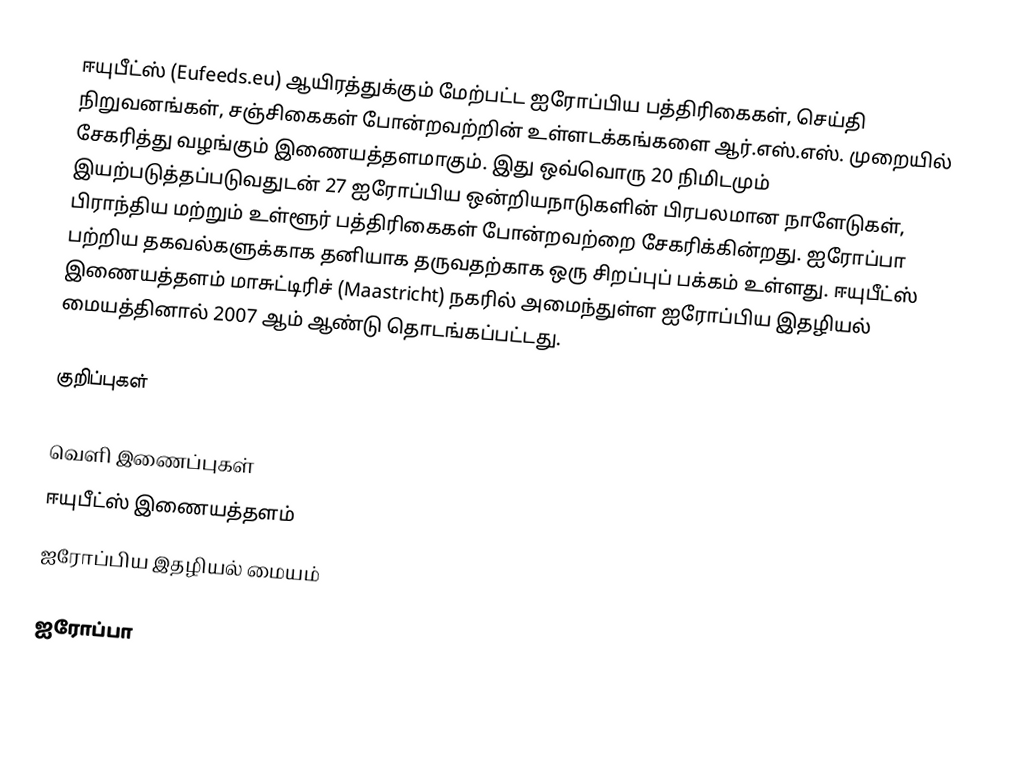
ஈயுபீட்ஸ் (Eufeeds.eu) ஆயிரத்துக்கும் மேற்பட்ட ஐரோப்பிய பத்திரிகைகள், செய்தி நிறுவனங்கள், சஞ்சிகைகள் போன்றவற்றின் உள்ளடக்கங்களை ஆர்.எஸ்.எஸ். முறையில் சேகரித்து வழங்கும் இணையத்தளமாகும். இது ஒவ்வொரு 20 நிமிடமும் இயற்படுத்தப்படுவதுடன் 27 ஐரோப்பிய ஒன்றியநாடுகளின் பிரபலமான நாளேடுகள், பிராந்திய மற்றும் உள்ளூர் பத்திரிகைகள் போன்றவற்றை சேகரிக்கின்றது. ஐரோப்பா பற்றிய தகவல்களுக்காக தனியாக தருவதற்காக ஒரு சிறப்புப் பக்கம் உள்ளது. ஈயுபீட்ஸ் இணையத்தளம் மாசுட்டிரிச் (Maastricht) நகரில் அமைந்துள்ள ஐரோப்பிய இதழியல் மையத்தினால் 2007 ஆம் ஆண்டு தொடங்கப்பட்டது.

குறிப்புகள்

வெளி இணைப்புகள்
 ஈயுபீட்ஸ் இணையத்தளம்
 ஐரோப்பிய இதழியல் மையம்

ஐரோப்பா